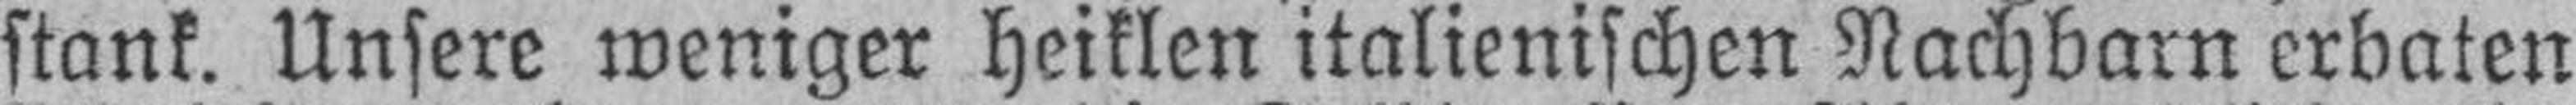
stank. Unsere weniger heiklen italienischen Nachbarn erbaten